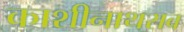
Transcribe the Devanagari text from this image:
काशीनाथराव